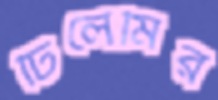
ঢিলেমির